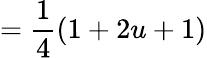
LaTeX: ={\frac{1}{4}}(1+2u+1)